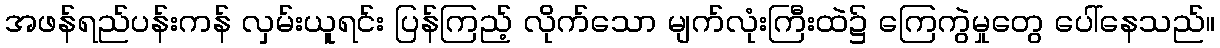
အဖန်ရည်ပန်းကန် လှမ်းယူရင်း ပြန်ကြည့် လိုက်သော မျက်လုံးကြီးထဲ၌ ကြေကွဲမှုတွေ ပေါ်နေသည်။